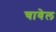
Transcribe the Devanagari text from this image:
चावेल